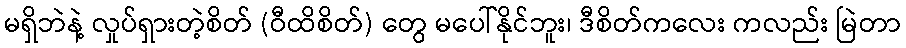
မရှိဘဲနဲ့ လှုပ်ရှားတဲ့စိတ် (ဝီထိစိတ်) တွေ မပေါ်နိုင်ဘူး၊ ဒီစိတ်ကလေး ကလည်း မြဲတာ